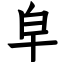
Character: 皁